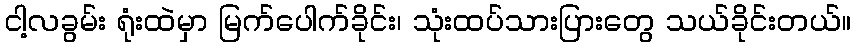
ငါ့လခွမ်း ရုံးထဲမှာ မြက်ပေါက်ခိုင်း၊ သုံးထပ်သားပြားတွေ သယ်ခိုင်းတယ်။